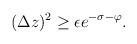
LaTeX: \begin{align*}(\Delta z)^2\ge \epsilon e^{-\sigma-\varphi}.\end{align*}